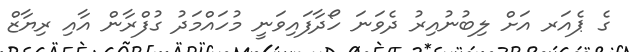
ގެ ޕެއަރ އަށް ލިބުނުއިރު ދެވަނަ ހޯދާފައިވަނީ މުހައްމަދު ގުފްރާން އާއި ރިޔާޒް